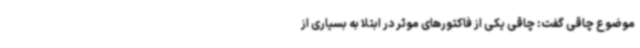
موضوع چاقی گفت: چاقی یکی از فاکتورهای موثر در ابتلا به بسیاری از